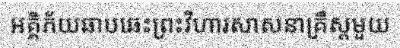
អគ្គិភ័យឆាបឆេះព្រះវិហារសាសនាគ្រឹស្តមួយ